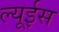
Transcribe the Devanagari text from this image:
ल्यूईस